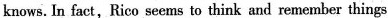
In fact,Rico seems to think and remember things